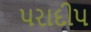
પરાદીપ